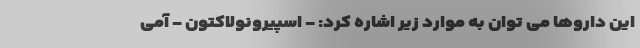
این داروها می توان به موارد زیر اشاره کرد: - اسپیرونولاکتون - آمی